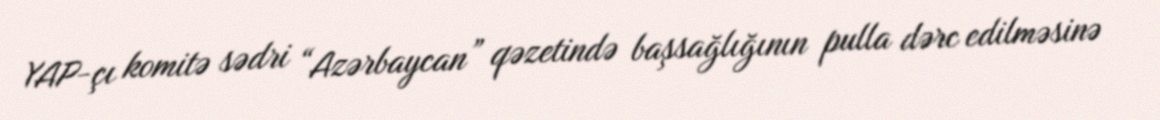
YAP-çı komitə sədri “Azərbaycan” qəzetində başsağlığının pulla dərc edilməsinə